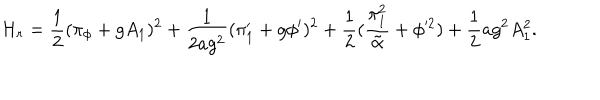
LaTeX: { \cal H } _ { r } = { \frac { 1 } { 2 } } ( \pi _ { \phi } + g A _ { 1 } ) ^ { 2 } + { \frac { 1 } { 2 a g ^ { 2 } } } ( \pi _ { 1 } ^ { \prime } + g \phi ^ { \prime } ) ^ { 2 } + { \frac { 1 } { 2 } } ( { \frac { \pi _ { 1 } ^ { 2 } } { \tilde { \alpha } } } + \phi ^ { 2 } ) + { \frac { 1 } { 2 } } a g ^ { 2 } A _ { 1 } ^ { 2 } .